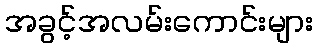
အခွင့်အလမ်းကောင်းများ